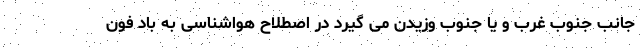
جانب جنوب غرب و یا جنوب وزیدن می گیرد در اصطلاح هواشناسی به باد فون